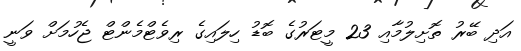
އަދި ބޭރު ތޮށިލުމާއި 23 މީޓަރުގެ ބޮޑު ހިލައިގެ ރިވެޓްމެންޓް ޖެހުމަށް ވަނީ